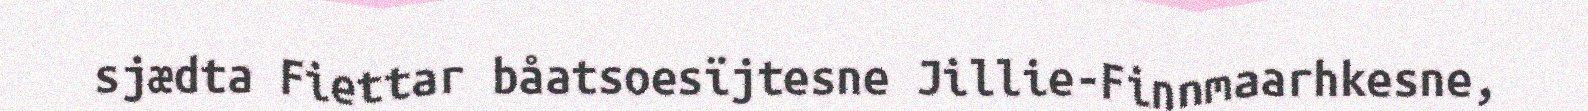
sjædta Fiettar båatsoesïjtesne Jillie-Finnmaarhkesne,